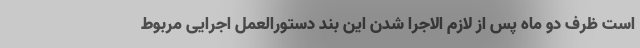
است ظرف دو ماه پس از لازم الاجرا شدن این بند دستورالعمل اجرایی مربوط